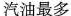
汽油最多